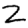
Digit: 2